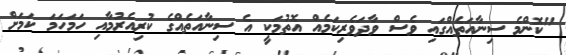
"ކޮންމެ ސިނާއަތެއްގައި ވެސް ވާދަވެރިކަމެއް އޮތުމަކީ އެ ސިނާއަތެއްގެ ކުރިއެރުމާއި ހަމަހަމަ ކަމަށް